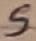
Text: S